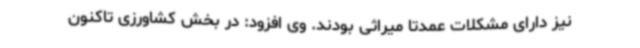
نیز دارای مشکلات عمدتاً میراثی بودند. وی افزود: در بخش کشاورزی تاکنون